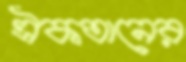
ঐকতানের